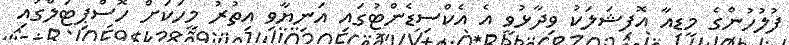
ފުލުހުންގެ މީޑިއާ އޮފިޝަލަކު ވިދާޅުވީ އެ އެކްސިޑެންޓުގައި އަނިޔާވި އިތުރު މީހަކަށް ހޮސްޕިޓަލްގައި